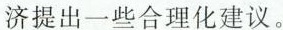
济提出一些合理化建议。